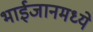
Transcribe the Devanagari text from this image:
भाईजानमध्ये